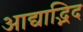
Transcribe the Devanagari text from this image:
आद्याद्भिद